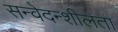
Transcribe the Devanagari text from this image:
सन्वेदन्शीलता